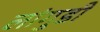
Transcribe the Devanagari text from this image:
लांगुडी